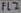
Text: FL2